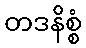
တဒနိစ္စံ